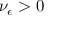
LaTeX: \nu _ { \epsilon } > 0